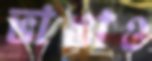
ভাঙাও